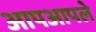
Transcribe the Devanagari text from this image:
आपआपले